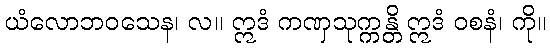
ယံလောဘဝသေန၊ လ။ ဣဒံ ကဏှသုက္ကန္တိ ဣဒံ ဝစနံ၊ ကို။